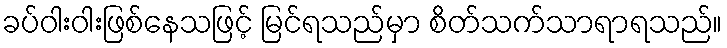
ခပ်ဝါးဝါးဖြစ်နေသဖြင့် မြင်ရသည်မှာ စိတ်သက်သာရာရသည်။